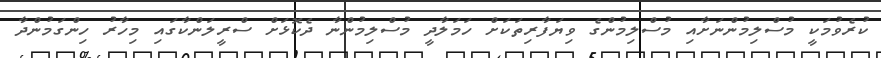
ކުރެވުމަކީ މުސްލިމުންނަށާއި މުސްލިމުންގެ ވިޔަފާރިތަކަށް ހަމަލާދީ މުސްލިމުންނާ ދެކޮޅަށް ސްރީލަންކާގައި މިހާރު ހިންގަމުންދާ